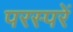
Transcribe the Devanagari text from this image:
परस्परें